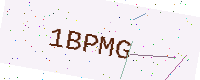
Text: 1BPMG